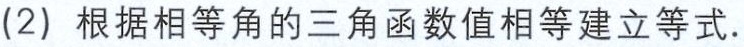
(2) 根据相等角的三角函数值相等建立等式.